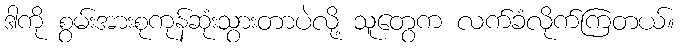
ဒါကို စွမ်းအားစုကုန်ဆုံးသွားတာပဲလို့ သူတွေက လက်ခံလိုက်ကြတယ်။